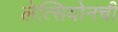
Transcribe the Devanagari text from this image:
लेत्सियोनची